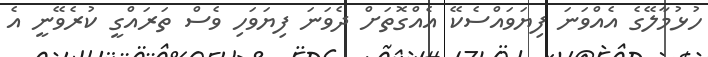
ހުޅުމާލޭގެ އެއްވަނަ ފިޔަވައްސެކޭ އެއްގޮތަށް ދެވަނަ ފިޔަވަހި ވެސް ތަރައްގީ ކުރެވޭނީ އެ